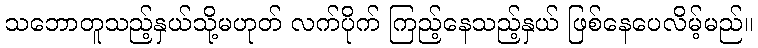
သဘောတူသည့်နှယ်သို့မဟုတ် လက်ပိုက် ကြည့်နေသည့်နှယ် ဖြစ်နေပေလိမ့်မည်။